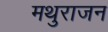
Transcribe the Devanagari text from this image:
मथुराजन